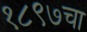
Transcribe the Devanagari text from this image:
१८९७चा